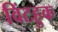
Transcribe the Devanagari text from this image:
विंटहुक